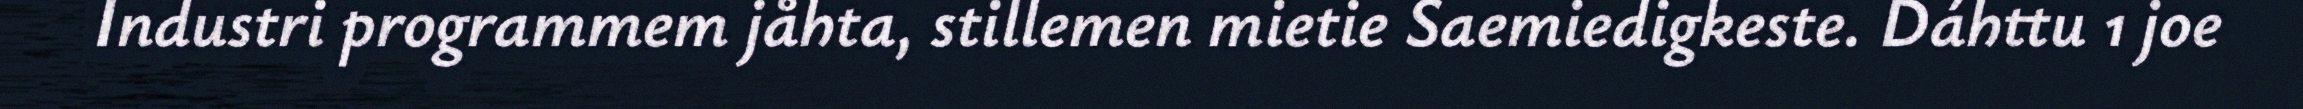
Industri programmem jåhta, stillemen mietie Saemiedigkeste. Dáhttu 1 joe